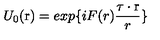
U _ { 0 } ( \mathrm { \boldmath r } ) = e x p \{ i F ( r ) \frac { \mathrm { \boldmath \tau } \cdot \mathrm { \boldmath r } } { r } \}